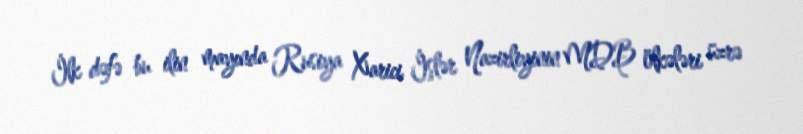
İlk dəfə bu ilin mayında Rusiya Xarici İşlər Nazirliyinin MDB ölkələri üzrə